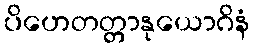
ပိဟေတတ္တာနုယောဂိနံ